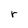
Character: r